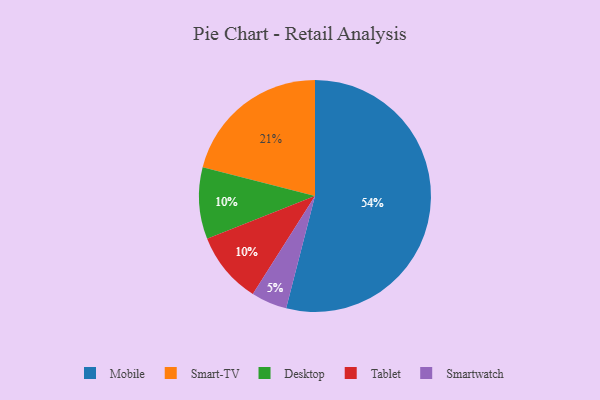
{"axis": {"x": "Category", "y": "Percentage"}, "legend": ["Desktop", "Mobile", "Smart-TV", "Smartwatch", "Tablet"], "data": [{"x": "Desktop", "y": 10, "type": "Desktop"}, {"x": "Smartwatch", "y": 5, "type": "Smartwatch"}, {"x": "Mobile", "y": 54, "type": "Mobile"}, {"x": "Smart-TV", "y": 21, "type": "Smart-TV"}, {"x": "Tablet", "y": 10, "type": "Tablet"}]}